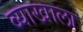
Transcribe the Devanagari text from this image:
व्‍याखाला